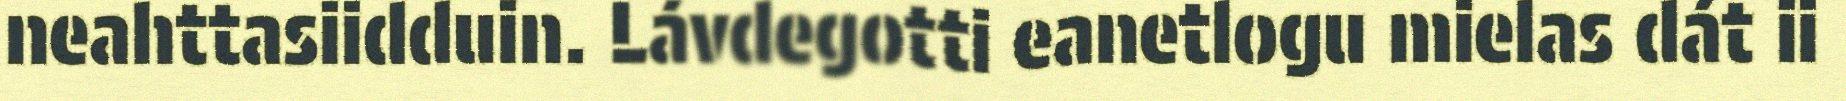
neahttasiidduin. Lávdegotti eanetlogu mielas dát ii